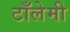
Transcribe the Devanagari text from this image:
टाँलेमी